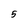
Character: 5